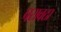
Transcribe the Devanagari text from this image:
परावठा